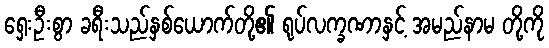
ရှေးဦးစွာ ခရီးသည်နှစ်ယောက်တို့၏ ရုပ်လက္ခဏာနှင့် အမည်နာမ တို့ကို